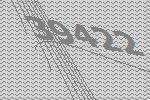
39422